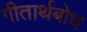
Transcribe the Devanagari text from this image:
गीतार्थबोध